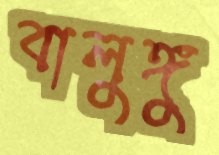
বালুঙ্গু